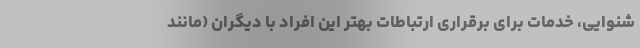
شنوایی، خدمات برای برقراری ارتباطات بهتر این افراد با دیگران (مانند